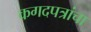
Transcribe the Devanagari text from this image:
कगदपत्रांचा